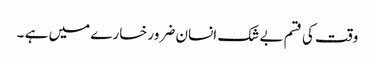
وقت کی قسم بے شک انسان ضرور خسارے میں ہے ۔